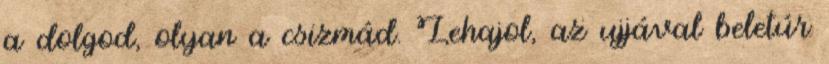
a dolgod, olyan a csizmád. Lehajol, az ujjával beletúr